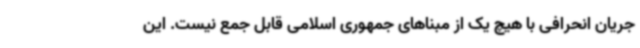
جریان انحرافی با هیچ یک از مبناهای جمهوری اسلامی قابل جمع نیست. این